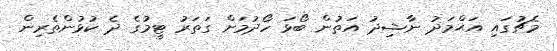
މެޗުގައި އަޙްމަދު ނާޝިދު އަތުން ބޯޅަ ހޯދުމަށް ގަތަރު ޓީމުގެ ދެ ކުޅުންތެރިން